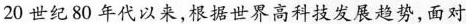
20世纪80年代以来，根据世界高科技发展趋势，面对